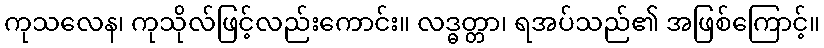
ကုသလေန၊ ကုသိုလ်ဖြင့်လည်းကောင်း။ လဒ္ဓတ္တာ၊ ရအပ်သည်၏ အဖြစ်ကြောင့်။